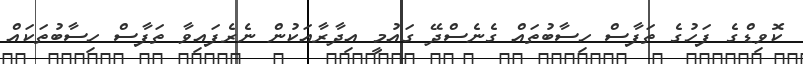
ކޮވިޑްގެ ފަހުގެ ތަފާސް ހިސާބުތައް ގެނެސްދޭ ގައުމީ އިދާރާއަކުން ނެރެފައިވާ ތަފާސް ހިސާބުތަކައް